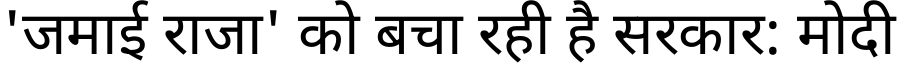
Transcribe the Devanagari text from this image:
'जमाई राजा' को बचा रही है सरकार: मोदी